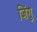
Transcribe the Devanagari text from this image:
जिंगु